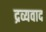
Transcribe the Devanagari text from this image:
द्रव्यवाद